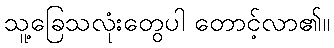
သူ့ခြေသလုံးတွေပါ တောင့်လာ၏။